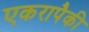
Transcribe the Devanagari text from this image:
एकरापैकी